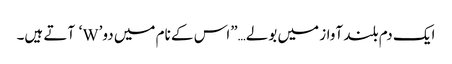
ایک دم بلند آواز میں بولے…”اس کے نام میں دو’W‘ آتے ہیں۔